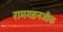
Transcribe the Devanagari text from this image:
रामगडनजीक